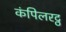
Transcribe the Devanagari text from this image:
कंपिलरट्ठ